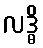
လဒ္ဓိ